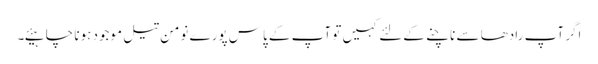
اگر آپ رادھا سے ناچنے کےلئے کہیں تو آپ کے پاس پورے نومن تیل موجود ہونا چا ہیئے۔